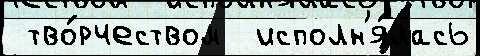
 тво́рчеством  исполн'я́лась